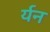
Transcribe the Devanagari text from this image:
र्यन